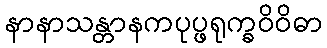
နာနာသန္တာနကပုပ္ဖရုက္ခဝိဝိဓာ